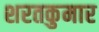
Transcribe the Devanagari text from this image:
शरतकुमार